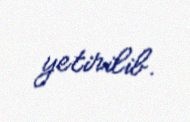
yetirilib.